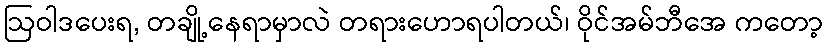
ဩဝါဒပေးရ, တချို့နေရာမှာလဲ တရားဟောရပါတယ်၊ ဝိုင်အမ်ဘီအေ ကတော့